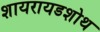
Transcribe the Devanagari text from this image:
शायरायडशोथ